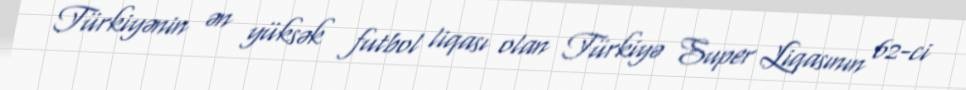
Türkiyənin ən yüksək futbol liqası olan Türkiyə Super Liqasının 62-ci